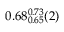
0 . 6 8 _ { 0 . 6 5 } ^ { 0 . 7 3 } ( 2 )